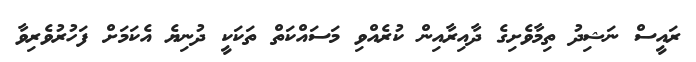
ރައީސް ނަޝިދު ތިމާވެށިގެ ދާއިރާއިން ކުރެއްވި މަސައްކަތް ތަކަކީ ދުނިޔެ އެކަމަށް ފަހުރުވެރިވާ